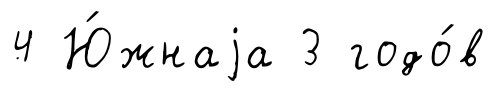
4 Ю́жнаjа 3 годо́в